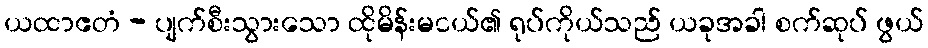
ယထာဧတံ - ပျက်စီးသွားသော ထိုမိန်းမငယ်၏ ရုပ်ကိုယ်သည် ယခုအခါ စက်ဆုပ် ဖွယ်